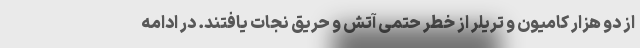
از دو هزار کامیون و تریلر از خطر حتمی آتش و حریق نجات یافتند. در ادامه